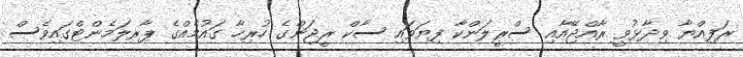
ރަފިއްޔާ ވިދާޅުވީ ރާއްޖޭއާއި ސްރީލަންކާ ފިޔަވައި ސާކް ރީޖަންގެ ހުރިހާ ގައުމެއްގެ ޕާރލަމެންޓްގައިވެސް